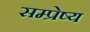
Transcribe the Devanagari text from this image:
सम्प्रेष्य